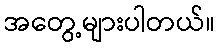
အတွေ့များပါတယ်။